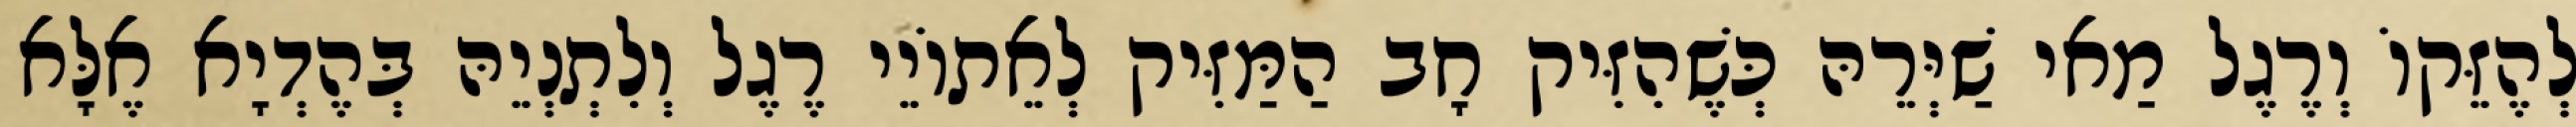
לְהֶזֵּקוֹ וְרֶגֶל מַאי שַׁיְּרֵהּ כְּשֶׁהִזִּיק חָב הַמַּזִּיק לְאֵתוֹיֵי רֶגֶל וְלִתְנְיֵהּ בְּהֶדְיָא אֶלָּא